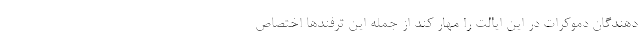
دهندگان دموکرات در این ایالت را مهار کند از جمله این ترفندها اختصاص